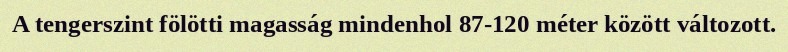
A tengerszint fölötti magasság mindenhol 87-120 méter között változott.